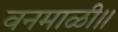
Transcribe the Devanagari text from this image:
वनमाळी॥